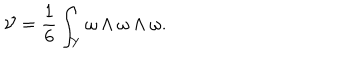
LaTeX: { \cal V } = \frac { 1 } { 6 } \int _ { Y } \omega \wedge \omega \wedge \omega .